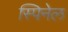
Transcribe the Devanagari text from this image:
स्पिनेल